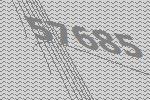
57685